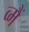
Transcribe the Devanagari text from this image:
व्मैं